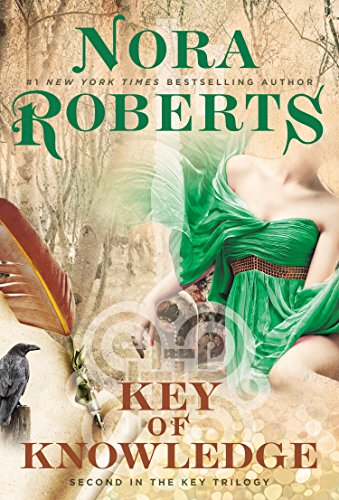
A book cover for Key of Knowledge: Key Trilogy; Nora Roberts; Romance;